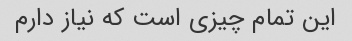
این تمام چیزی است که نیاز دارم